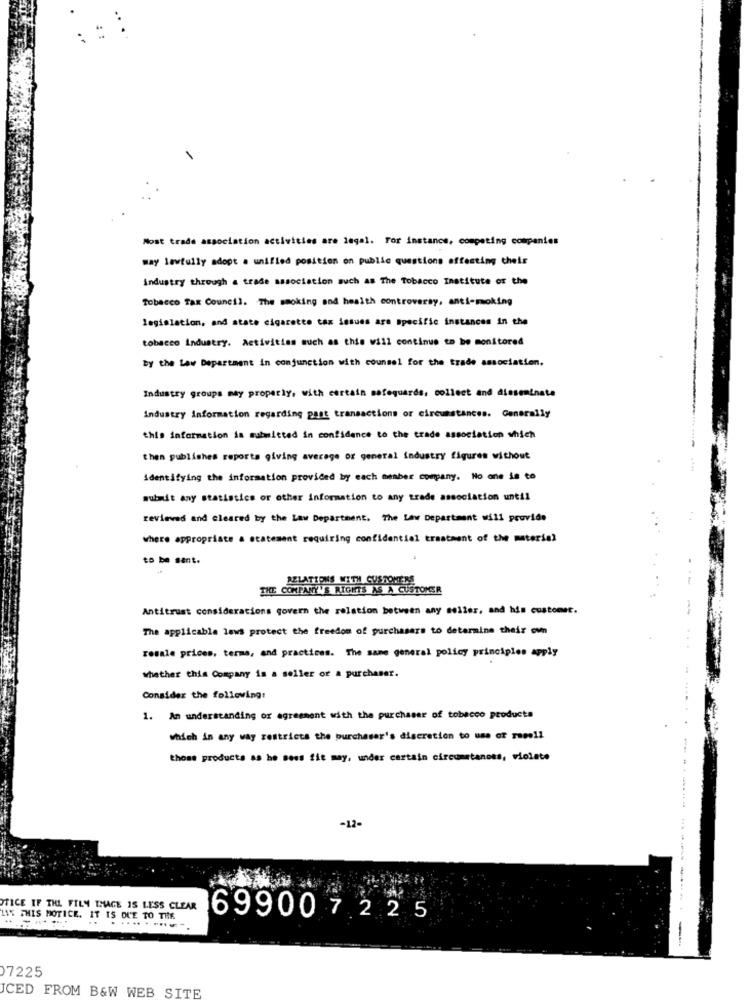
Most trade association activities are legal. For instance, competing companies
may lawfully adopt a unified position on public questions affecting their
industry through a trade association such as The Tobacco Institute of the
Tobacco Tax Council. The smoking and health controversy, anti-moking
legislation, and state cigarette tax issues are specific instances in the
tobacco industry. Activities such as this will continue to be monitored
by the Law Department in conjunction with counsel for the trade association.
Industry groups may properly, with certain safeguards, collect and dieseninsta
Industry information regarding past transactions or circumstances. Generally
this information is submitted in confidence to the trade association which
then publishes reports giving average or general industry figures without
Identifying the information provided by each member company. No one is to
submit any statistics or other information to any trade association until
reviewed and cleared by the Law Department. The Law Department will provide
where appropriate a statement requiring confidential trastaent of the material
to be sent.
AZLATIONS WITH CUSTOMERS
THE COMPANY'S RIGHTS AS A CUSTOMER
Antitrust considerations govern the relation between any seller, and his customet.
The applicable laws protect the freedom of purchasers to determine their own
resale prices, terms, and practices. The same general policy principles apply
whether this Company is a seller or a purchaser.
Consider the following:
1. An understanding or agreement with the purchaser of tobacco products
which in any way restricts the purchaser's discretion to use of resell
those products as he sees fit may, under certain circumstances, violate
------
-12-
----
STICE IF THE FILM IMAGE IS LESS CLEAR
LAS THIS MOTICE. IT IS DUE TO THE
......-...
699007 225
-----
07225
ICED FROM B&W WEB SITE